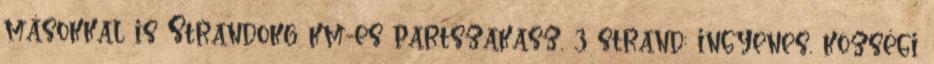
másokkal is Strandok6 km-es partszakasz, 3 strand: ingyenes, községi